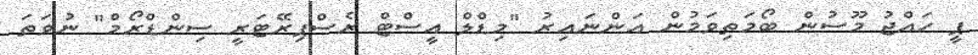
ޕީ ހައްޖު މޫސުން ބޯމަތިވަމުން އަންނައިރު "މިޑްލް އީސްޓް ރެސްޕިރޭޓަރީ ސިންޑްރޯމް" ނުވަތަ